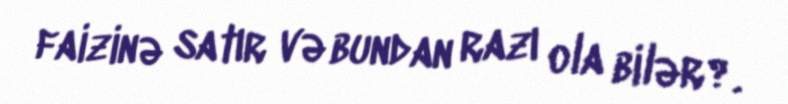
faizinə satır və bundan razı ola bilər?.